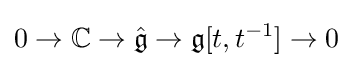
0\to \mathbb {C} \to {\hat {\mathfrak {g}}}\to {\mathfrak {g}}[t,t^{-1}]\to 0